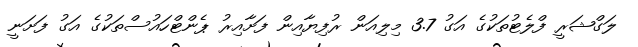
ލަގްޝަރީ ފްލެޓުތަކުގެ އަގު 3.7 މިލިއަން ރުފިޔާއިން ފަށާއިރު ޕެންޓްހައުސްތަކުގެ އަގު ފަށަނީ